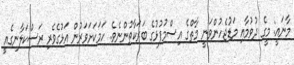
މާނައީ: މީގެ ދުވުމާއި މަޑުޖެހުންވަނީ މާތްގެ އިސްމުފުޅުގެ ބަރަކާތުންނެވެ. ހަމަކަށަވަރުން އަޅުގެވެރި ރަސްކަލާނގެއީ